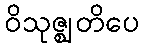
ဝိသုဇ္ဈတိပေ